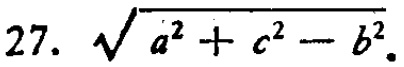
\(\sqrt{a^{2}+c^{2}-b^{2}}\)